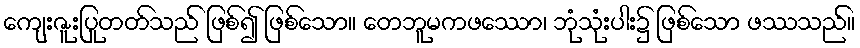
ကျေးဇူးပြုတတ်သည် ဖြစ်၍ ဖြစ်သော။ တေဘူမကဖဿော၊ ဘုံသုံးပါး၌ ဖြစ်သော ဖဿသည်။